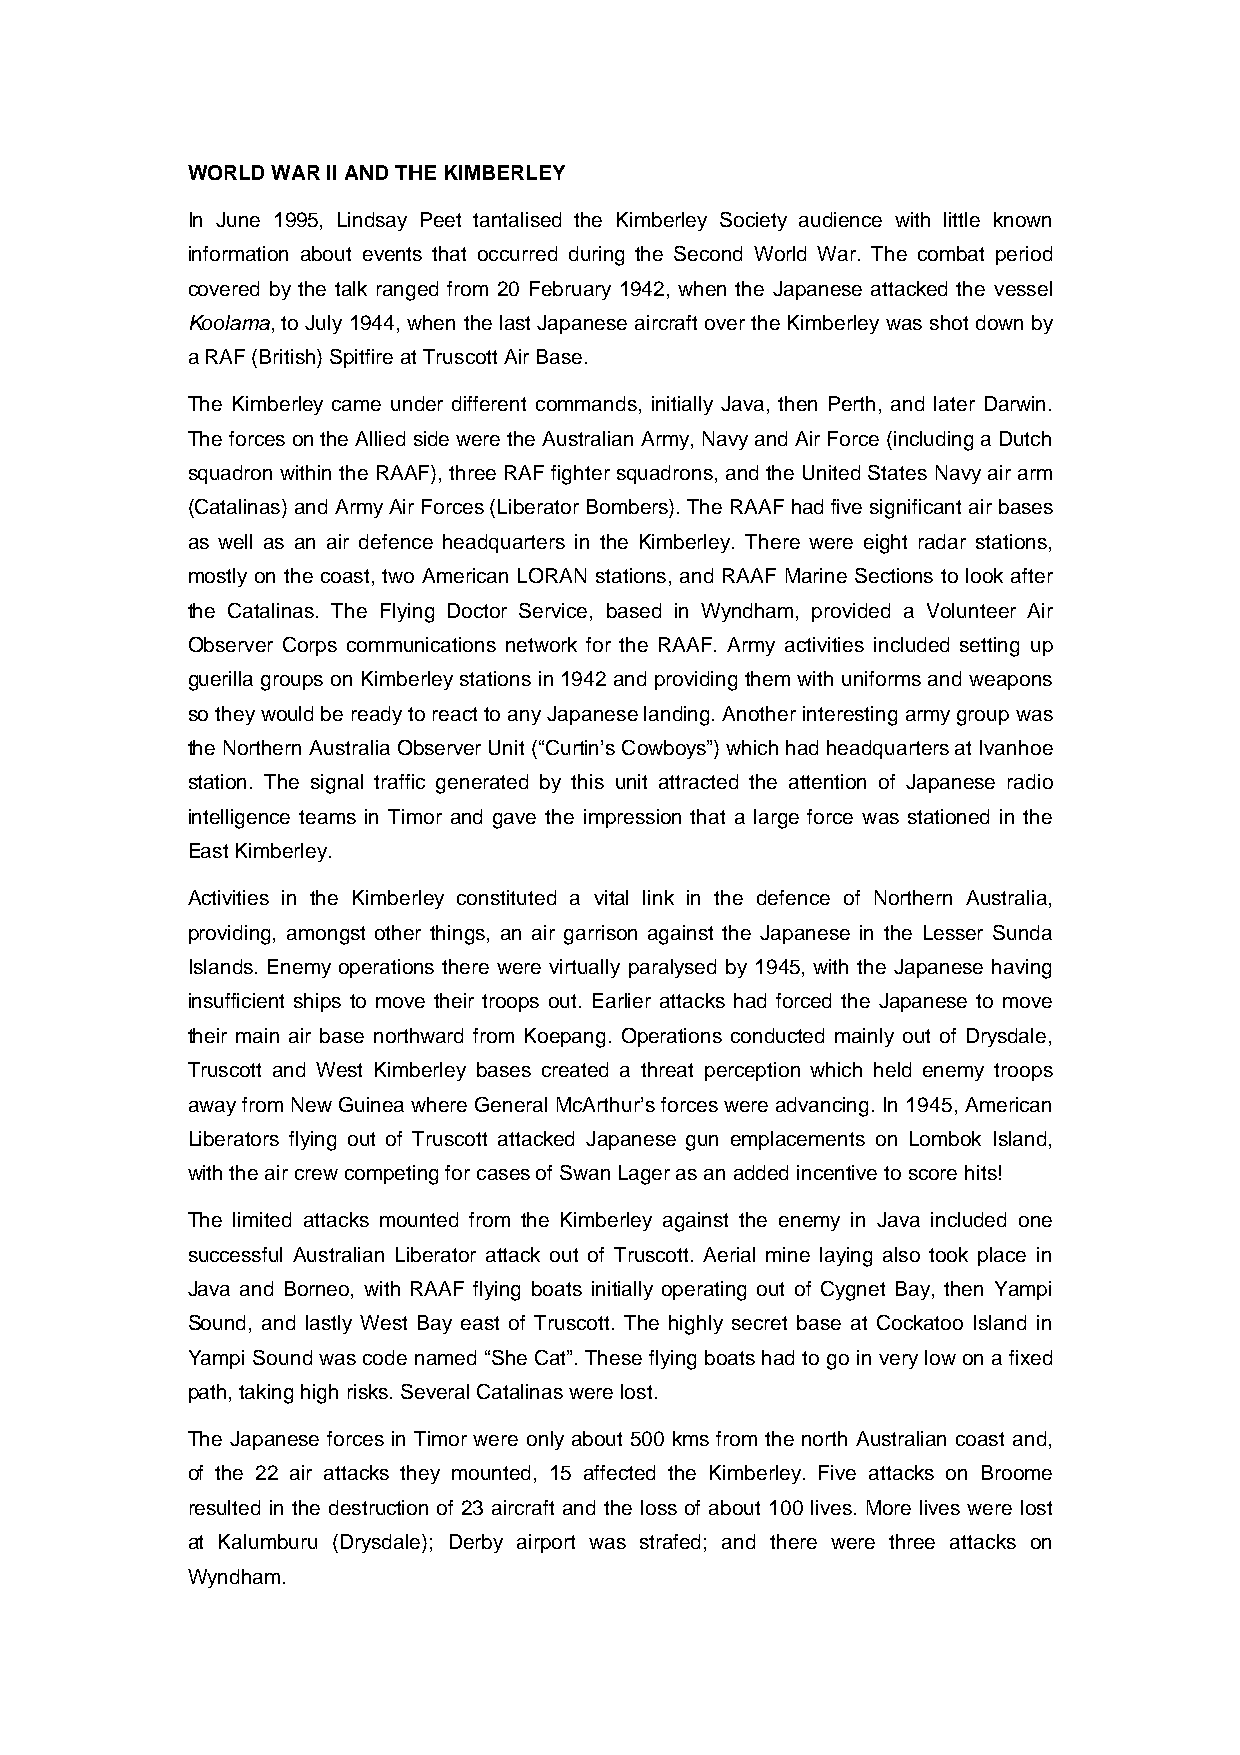
WORLD WAR II AND THE KIMBERLEY
 In June 1995, Lindsay Peet tantalised the Kimberley Society audience with little known
 information about events that occurred during the Second World War. The combat period
 covered by the talk ranged from 20 February 1942, when the Japanese attacked the vessel
 Koolama, to July 1944, when the last Japanese aircraft over the Kimberley was shot down by
 a RAF (British) Spitfire at Truscott Air Base.
 The Kimberley came under different commands, initially Java, then Perth, and later Darwin.
 The forces on the Allied side were the Australian Army, Navy and Air Force (including a Dutch
 squadron within the RAAF), three RAF fighter squadrons, and the United States Navy air arm
 (Catalinas) and Army Air Forces (Liberator Bombers). The RAAF had five significant air bases
 as well as an air defence headquarters in the Kimberley. There were eight radar stations,
 mostly on the coast, two American LORAN stations, and RAAF Marine Sections to look after
 the Catalinas. The Flying Doctor Service, based in Wyndham, provided a Volunteer Air
 Observer Corps communications network for the RAAF. Army activities included setting up
 guerilla groups on Kimberley stations in 1942 and providing them with uniforms and weapons
 so they would be ready to react to any Japanese landing. Another interesting army group was
 the Northern Australia Observer Unit (“Curtin’s Cowboys”) which had headquarters at Ivanhoe
 station. The signal traffic generated by this unit attracted the attention of Japanese radio
 intelligence teams in Timor and gave the impression that a large force was stationed in the
 East Kimberley.
 Activities in the Kimberley constituted a vital link in the defence of Northern Australia,
 providing, amongst other things, an air garrison against the Japanese in the Lesser Sunda
 Islands. Enemy operations there were virtually paralysed by 1945, with the Japanese having
 insufficient ships to move their troops out. Earlier attacks had forced the Japanese to move
 their main air base northward from Koepang. Operations conducted mainly out of Drysdale,
 Truscott and West Kimberley bases created a threat perception which held enemy troops
 away from New Guinea where General McArthur’s forces were advancing. In 1945, American
 Liberators flying out of Truscott attacked Japanese gun emplacements on Lombok Island,
 with the air crew competing for cases of Swan Lager as an added incentive to score hits!
 The limited attacks mounted from the Kimberley against the enemy in Java included one
 successful Australian Liberator attack out of Truscott. Aerial mine laying also took place in
 Java and Borneo, with RAAF flying boats initially operating out of Cygnet Bay, then Yampi
 Sound, and lastly West Bay east of Truscott. The highly secret base at Cockatoo Island in
 Yampi Sound was code named “She Cat”. These flying boats had to go in very low on a fixed
 path, taking high risks. Several Catalinas were lost.
 The Japanese forces in Timor were only about 500 kms from the north Australian coast and,
 of the 22 air attacks they mounted, 15 affected the Kimberley. Five attacks on Broome
 resulted in the destruction of 23 aircraft and the loss of about 100 lives. More lives were lost
 at Kalumburu (Drysdale); Derby airport was strafed; and there were three attacks on
 Wyndham.